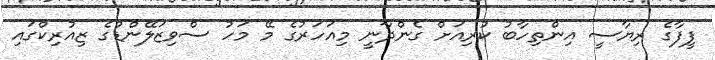
ފީފާގެ ރިޔާސީ އިންތިހާބު ކުރިއަށް ގެންދާނީ މިއަހަރުގެ މޭ މަހު ސްވިޒަލޭންޑުގެ ޒިއުރިކްގައި